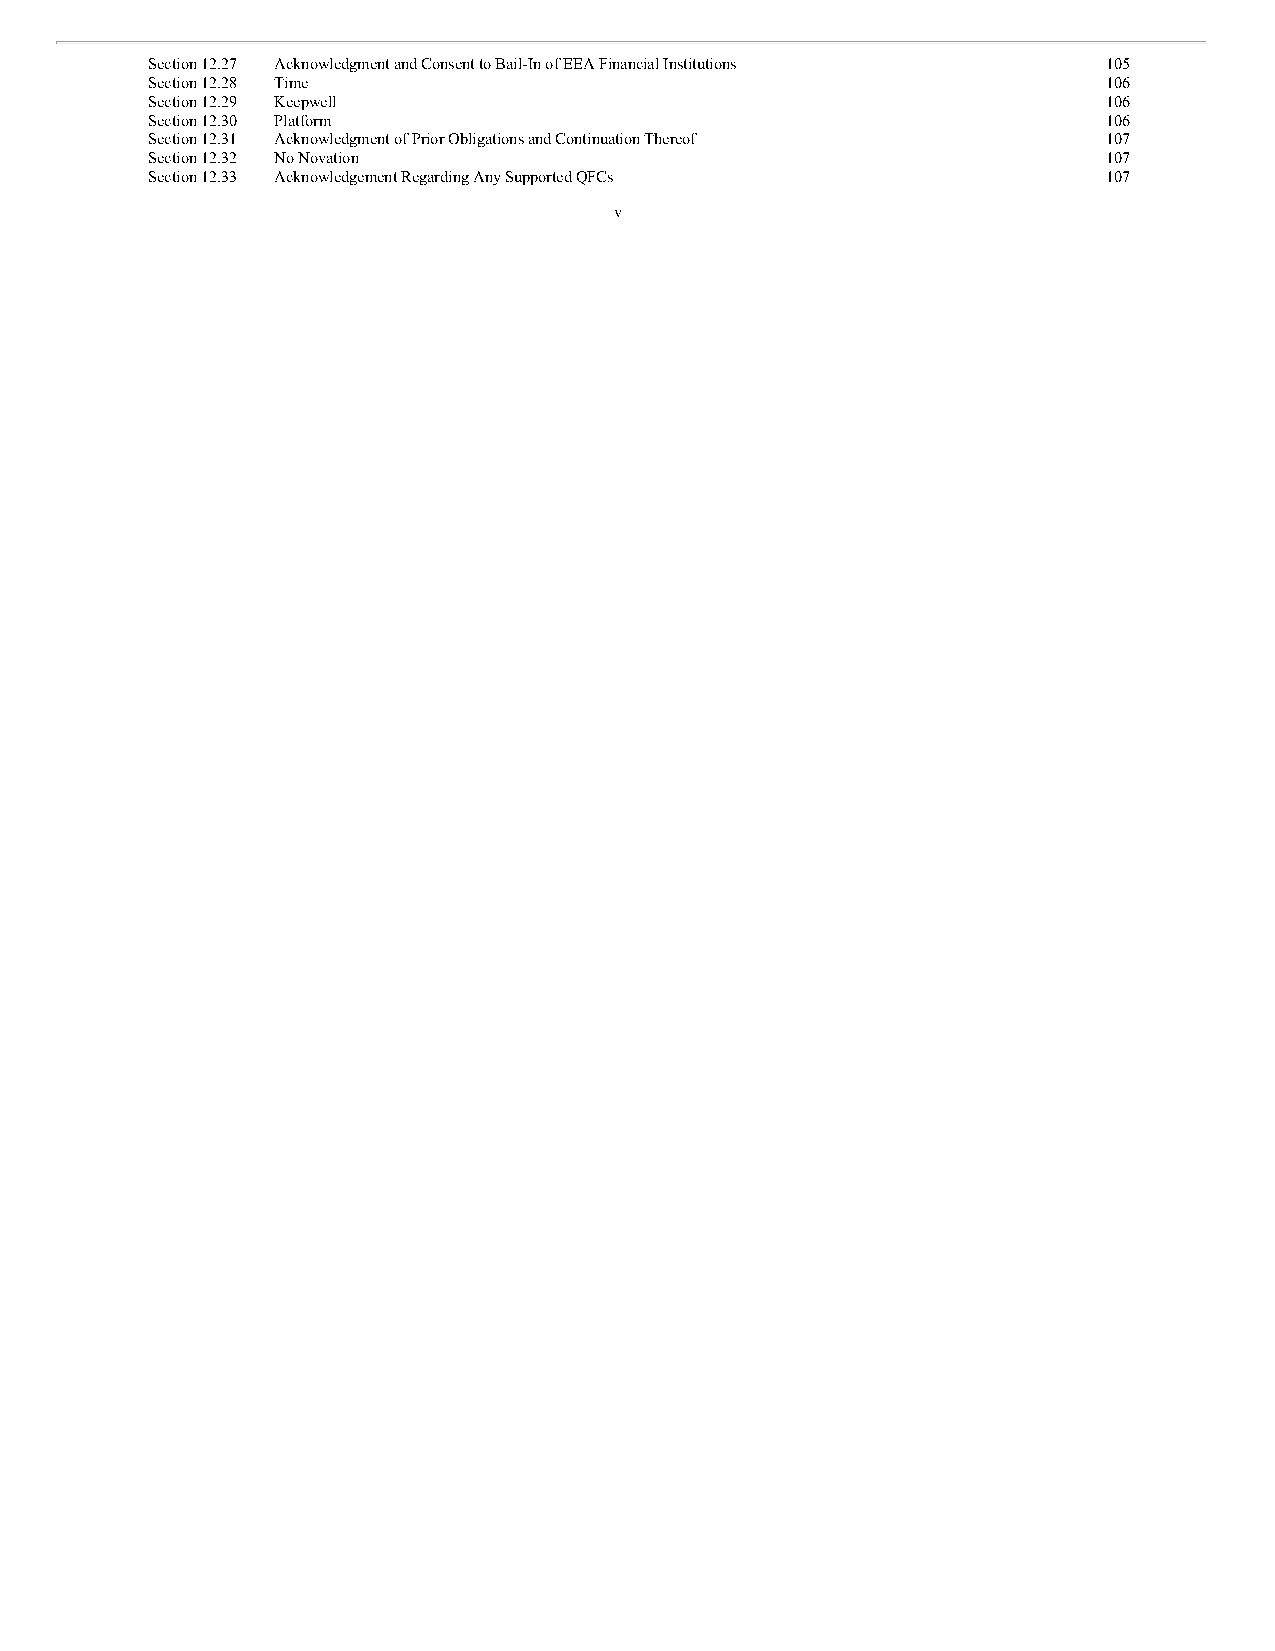
Section 12.27 Acknowledgment and Consent to Bail-In of EEA Financial Institutions 105
 Section 12.28 Time                                             106
 Section 12.29 Keepwell                                         106
 Section 12.30 Platform                                         106
 Section 12.31 Acknowledgment of Prior Obligations and Continuation Thereof 107
 Section 12.32 No Novation                                      107
 Section 12.33 Acknowledgement Regarding Any Supported QFCs     107
 v